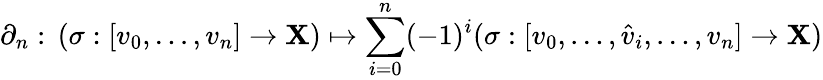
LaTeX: \partial_{n}:\, (\sigma:[v_{0},\ldots,v_{n}]\to\mathbf{X})\mapsto\sum_{i=0}^{n}(-1)^{i}(\sigma:[v_{0},\ldots,{\hat{{v}}}_{i},\ldots,v_{n}]\to\mathbf{X})